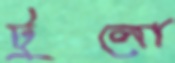
টুলো